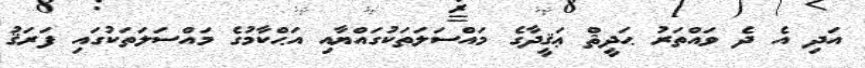
އަދި އެ ދެ ވައްތަރު ޙަދީޘް ޢަޤީދާގެ މައްސަލަތަކުގައްޔާއި އަޙްކާމުގެ މައްސަލަތަކުގައި ފަރަޤު